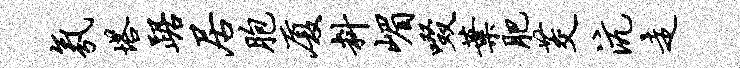
氛塔踞居胞厦料嵋啜叶肥茭沆走